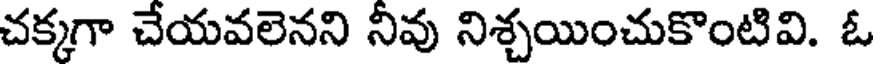
చక్కగా చేయవలెనని నీవు నిశ్చయించుకొంటివి. ఓ